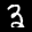
Label: 3